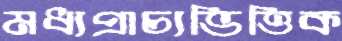
মধ্যপ্রাচ্যভিত্তিক